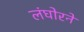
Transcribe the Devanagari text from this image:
लंघोरने